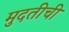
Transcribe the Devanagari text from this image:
मुदतीची